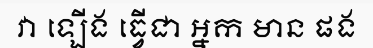
វា ឡើង ធ្វើជា អ្នក មាន ផង